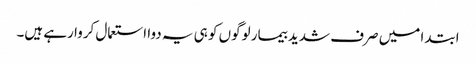
ابتدا میں صرف شدید بیمار لوگوں کو ہی یہ دوا استعمال کروا رہے ہیں۔